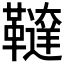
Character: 𩍠